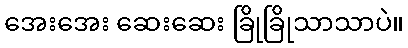
အေးအေး ဆေးဆေး ခြိုခြိုသာသာပဲ။